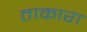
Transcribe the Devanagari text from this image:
ताकारा